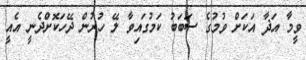
ވީމާ އަޛާ އަކަށް ވުމުގެ ސަބަބު ކަމުގައިވާ ލޭ ހުރުން ދޭހަކޮށްދެނީ އެއީ